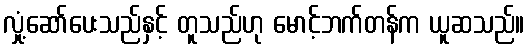
လှုံ့ဆော်ပေးသည်နှင့် တူသည်ဟု မောင့်ဘက်တန်က ယူဆသည်။